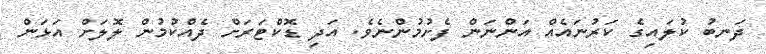
ދަނބު ކުލައިގެ ކަރުނައެއް އަންނަން ފެށުމުންނެވެ. އަދި ޑޮކްޓަރަށް ދެއްކުމުން ލޮލަށް އަޅަން